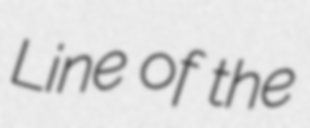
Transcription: Line of the